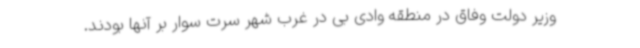
وزیر دولت وفاق در منطقه وادی بی در غرب شهر سرت سوار بر آنها بودند.